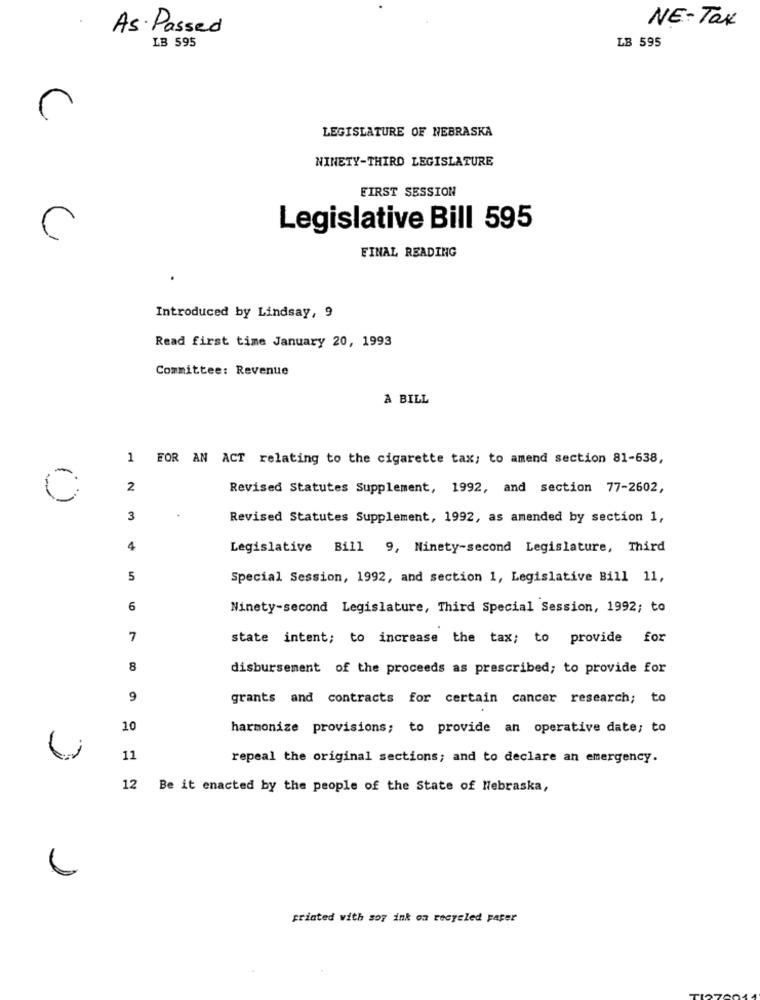
NE-Tax
As· Passed
LB 595
LB 595
C
LEGISLATURE OF NEBRASKA
NINETY-THIRD LEGISLATURE
FIRST SESSION
Legislative Bill 595
FINAL READING
Introduced by Lindsay, 9
Read first time January 20, 1993
Committee: Revenue
A BILL
1 FOR AN ACT relating to the cigarette tax; to amend section 81-638,
C
2
Revised Statutes Supplement, 1992, and section 77-2602,
3
Revised Statutes Supplement, 1992, as amended by section 1,
4
Legislative Bill 9, Ninety-second Legislature, Third
5
Special Session, 1992, and section 1, Legislative Bill 11,
6
Ninety-second Legislature, Third Special Session, 1992; to
7
state intent; to increase the tax; to provide for
8
disbursement of the proceeds as prescribed; to provide for
9
grants and contracts for certain cancer research; to
10
harmonize provisions; to provide an operative date; to
11
repeal the original sections; and to declare an emergency.
12 Be it enacted by the people of the State of Nebraska,
printed with soy ink on recycled paper